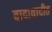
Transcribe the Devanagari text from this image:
वादावादीत